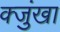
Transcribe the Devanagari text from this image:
क्जुंखा